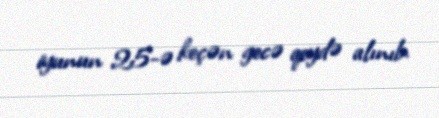
iyunun 25-ə keçən gecə qeydə alınıb.